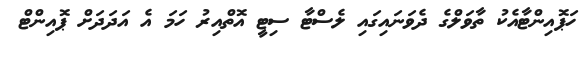
ހަޕޮއިންޓާއެކު ތާވަލްގެ ދެވަނައިގައި ލެސްޓާ ސިޓީ އޮތްއިރު ހަމަ އެ އަދަދަށް ޕޮއިންޓް